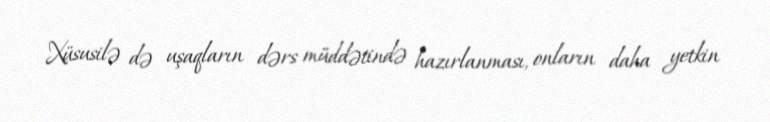
Xüsusilə də uşaqların dərs müddətində hazırlanması, onların daha yetkin